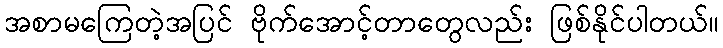
အစာမကြေတဲ့အပြင် ဗိုက်အောင့်တာတွေလည်း ဖြစ်နိုင်ပါတယ်။